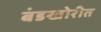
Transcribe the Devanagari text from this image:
बंडखोरीत